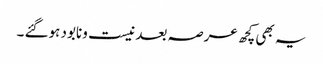
یہ بھی کچھ عرصہ بعد نیست ونابود ہوگئے ۔